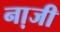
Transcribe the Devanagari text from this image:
ना़जी